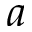
a